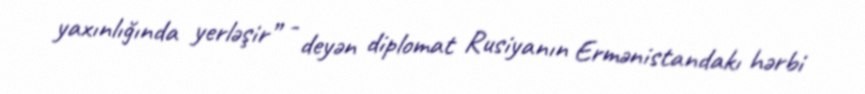
yaxınlığında yerləşir” - deyən diplomat Rusiyanın Ermənistandakı hərbi